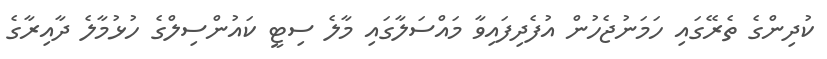
ކުދިންގެ ތެރޭގައި ހަމަނުޖެހުން އުފެދިފައިވާ މައްސަލާގައި މާލެ ސިޓީ ކައުންސިލްގެ ހުޅުމާލެ ދާއިރާގެ